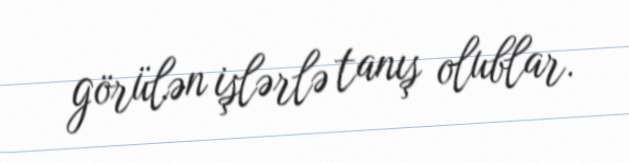
görülən işlərlə tanış olublar.